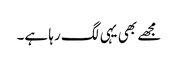
مجھے بھی یہی لگ رہا ہے۔